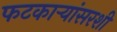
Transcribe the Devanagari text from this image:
फटकाऱ्यांसरशी